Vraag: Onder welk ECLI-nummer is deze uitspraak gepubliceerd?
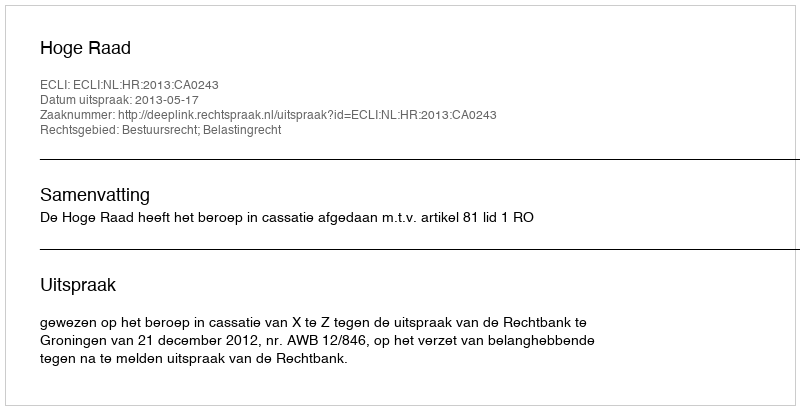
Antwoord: ECLI:NL:HR:2013:CA0243